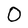
Character: O